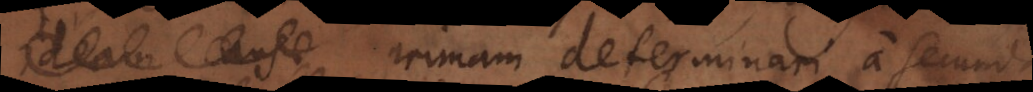
Ideam causae, primam determinari a secunda